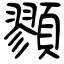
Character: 顟